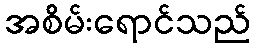
အစိမ်းရောင်သည်